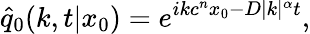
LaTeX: \hat{q}_{0}(k,t|x_{0})=e^{ikc^{n}x_{0}-D|k|^{\alpha}t},